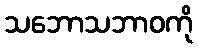
သဘောသဘာဝကို